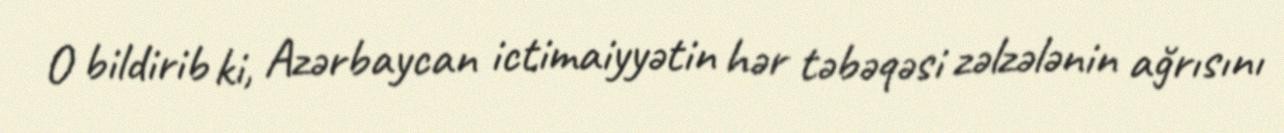
O bildirib ki, Azərbaycan ictimaiyyətin hər təbəqəsi zəlzələnin ağrısını